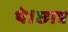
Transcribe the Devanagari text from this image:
थे।छात्र